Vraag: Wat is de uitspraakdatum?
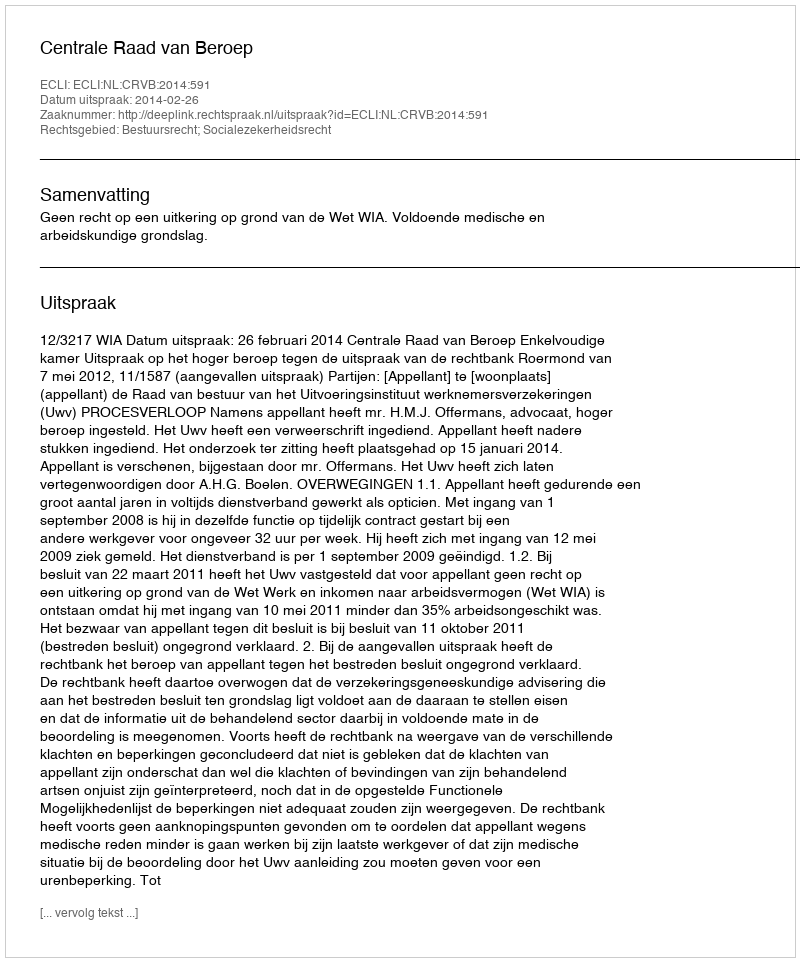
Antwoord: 2014-02-26